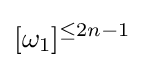
[\omega _{1}]^{\leq 2n-1}